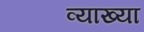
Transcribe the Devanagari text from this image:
व्याख्‍या